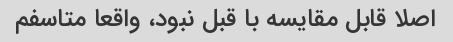
اصلا قابل مقایسه با قبل نبود، واقعا متاسفم